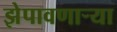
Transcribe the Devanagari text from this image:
झेपावणाऱ्या